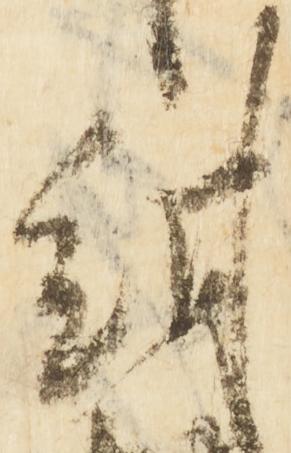
紺